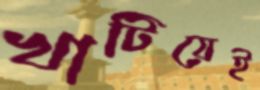
খাটিয়েই